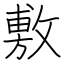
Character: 敷